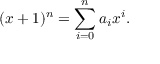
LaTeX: ( x + 1 ) ^ { n } = \sum _ { i = 0 } ^ { n } a _ { i } x ^ { i } .